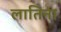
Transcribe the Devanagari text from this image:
लातिना